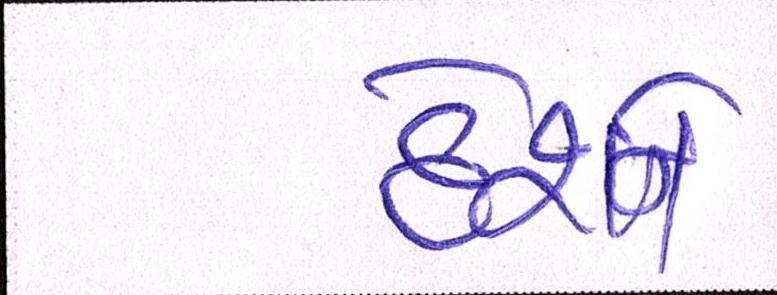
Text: દેશને